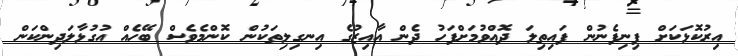
އިރުކޮޅަކަށް ފިނިފެނުން ފައިތިލަ ދޮއްވުމަށްފަހު ދެން އާއިޒުގެ އިނގިލިތަކުން ކޮންމެވެސް ބޭހެއް އުގުޅާލަދިންކަން